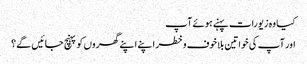
کیا وہ زیورات پہنے ہوئے آپ
اور آپ کی خواتین بلاخوف وخطر اپنے اپنے گھروں کو پہنچ جائیں گے؟